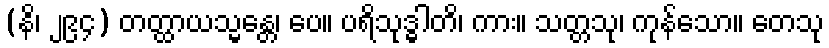
(နိ၊ ၂၉၄) တတ္ထာယသ္မန္တေ၊ ပေ။ ပရိသုဒ္ဓါတိ၊ ကား။ သတ္တသု၊ ကုန်သော။ တေသု